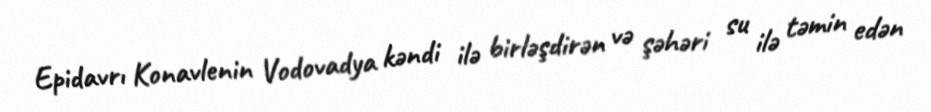
Epidavrı Konavlenin Vodovadya kəndi ilə birləşdirən və şəhəri su ilə təmin edən